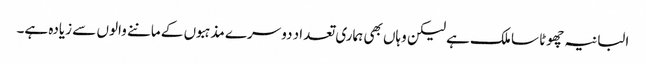
البانیہ چھوٹا سا ملک ہے لیکن وہاں بھی ہماری تعداد دوسرے مذہبوں کے ماننے والوں سے زیادہ ہے۔